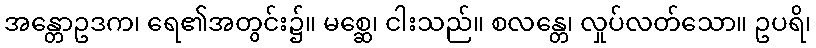
အန္တောဥဒက၊ ရေ၏အတွင်း၌။ မစ္ဆေ၊ ငါးသည်။ စလန္တေ၊ လှုပ်လတ်သော။ ဥပရိ၊